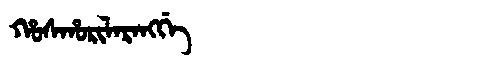
Manchu: ᡥᠣᠰᡥᠣᡵᡳᠯᠠᡵᠠᠩᡤᡝ
Romanization: HOSHORILARANGGE